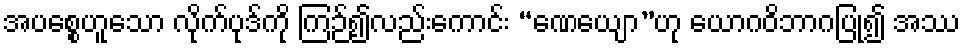
အပစ္စေဟူသော လိုက်ပုဒ်ကို ကြဉ်၍လည်းကောင်း “ဏေယျော”ဟု ယောဂဝိဘာဂပြု၍ အဿ